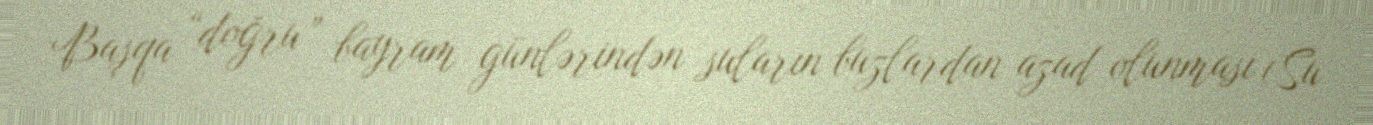
Başqa “doğru” bayram günlərindən suların buzlardan azad olunması (Su